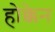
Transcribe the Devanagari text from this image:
होक्केन